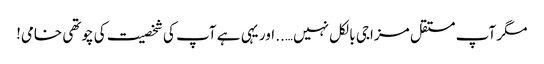
مگر آپ مستقل مزاجی بالکل نہیں….. اور یہی ہے آپ کی شخصیت کی چوتھی خامی!